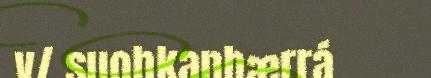
v/ suohkanhærrá